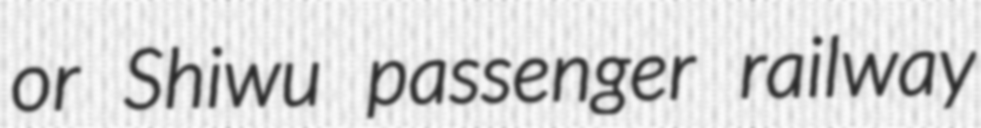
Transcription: or Shiwu passenger railway